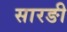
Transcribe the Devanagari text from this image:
सारङी